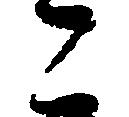
こ